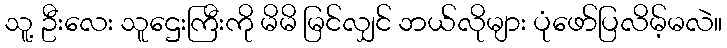
သူ့ ဦးလေး သူဌေးကြီးကို မိမိ မြင်လျှင် ဘယ်လိုများ ပုံဖော်ပြလိမ့်မလဲ။